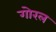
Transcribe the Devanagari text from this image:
गोरल